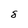
Character: 8